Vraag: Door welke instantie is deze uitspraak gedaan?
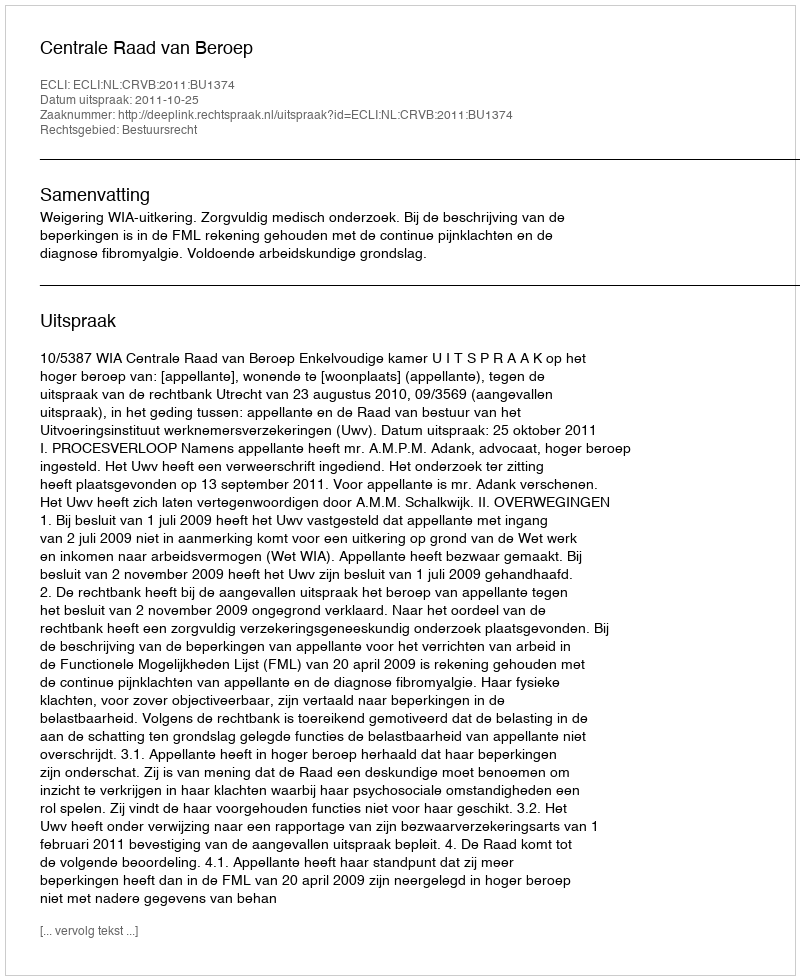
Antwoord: Centrale Raad van Beroep